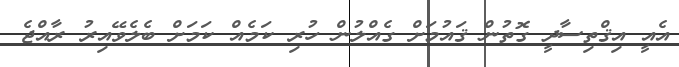
އެއީ އިޤްތިސާދީ ގޮތުން ޤައުމަށް ގެއްލުން ހުރި ކަމެއް ކަމަށް ބެލެވޭއިރު ރާއްޖެ